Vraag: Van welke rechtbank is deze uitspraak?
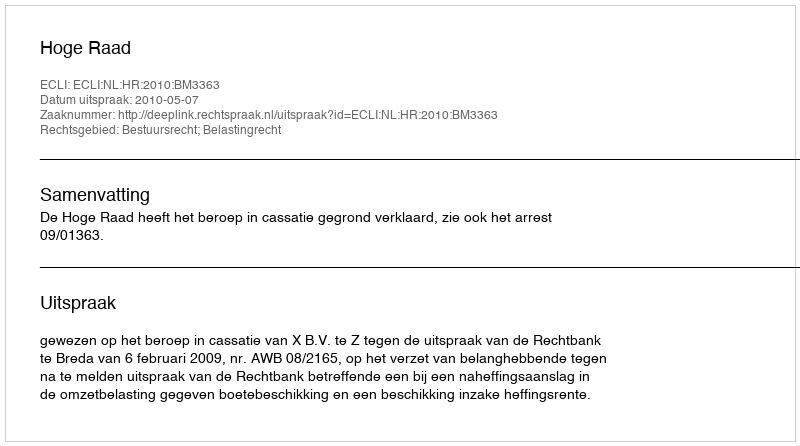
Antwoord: Hoge Raad